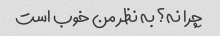
چرا نه؟ به نظر من خوب است